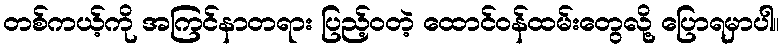
တစ်ကယ့်ကို အကြင်နာတရား ပြည့်ဝတဲ့ ထောင်ဝန်ထမ်းတွေလို့ ပြောရမှာပါ။